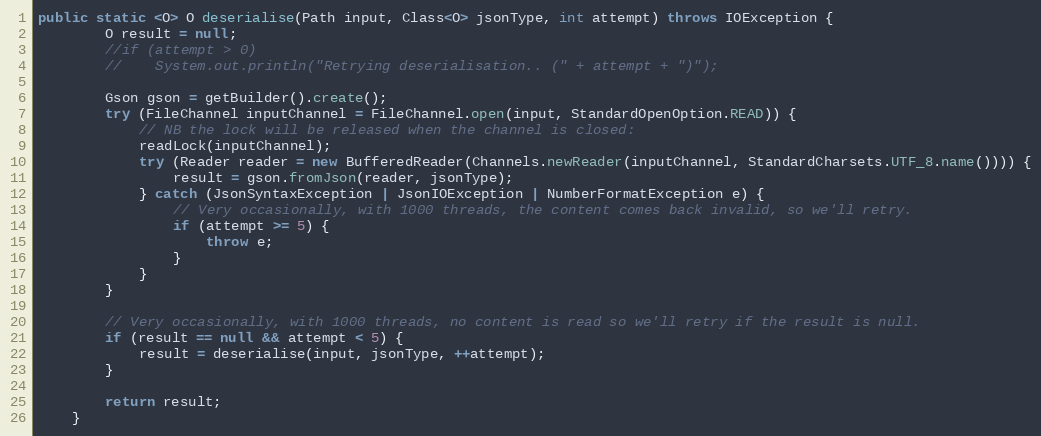
Language: Java
public static <O> O deserialise(Path input, Class<O> jsonType, int attempt) throws IOException {
        O result = null;
        //if (attempt > 0)
        //    System.out.println("Retrying deserialisation.. (" + attempt + ")");

        Gson gson = getBuilder().create();
        try (FileChannel inputChannel = FileChannel.open(input, StandardOpenOption.READ)) {
            // NB the lock will be released when the channel is closed:
            readLock(inputChannel);
            try (Reader reader = new BufferedReader(Channels.newReader(inputChannel, StandardCharsets.UTF_8.name()))) {
                result = gson.fromJson(reader, jsonType);
            } catch (JsonSyntaxException | JsonIOException | NumberFormatException e) {
                // Very occasionally, with 1000 threads, the content comes back invalid, so we'll retry.
                if (attempt >= 5) {
                    throw e;
                }
            }
        }

        // Very occasionally, with 1000 threads, no content is read so we'll retry if the result is null.
        if (result == null && attempt < 5) {
            result = deserialise(input, jsonType, ++attempt);
        }

        return result;
    }